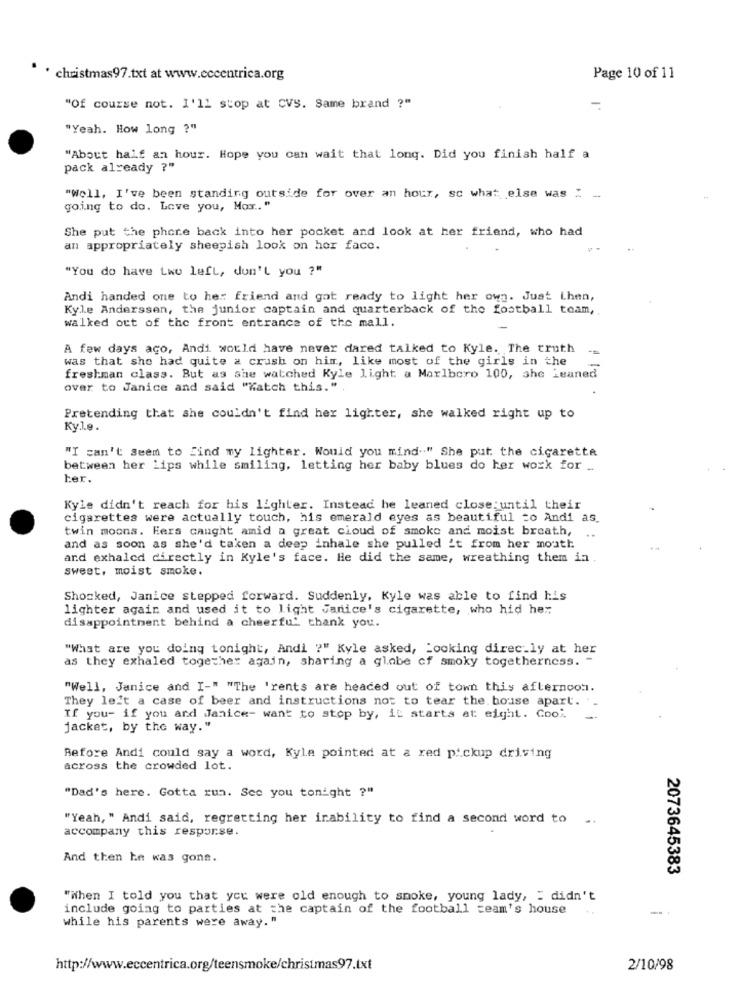
. christmas 97.txt at www.eccentrica.org
Page 10 of 11
"Of course not. I'll stop at CVS. Same brand ?"
-
"Yeah. How long ?"
"About half an hour. Hope you can wait that long. Did you finish half a
pack already ?"
"Well, I've been standing outside for over an hour, sc what else was " -
going to do. Love you, Max .. "
She put the phone back into her pocket and look at her friend, who had
an appropriately sheepish look on her face.
"You do have two left, don't you ?"
Andi handed one to her friend and got ready to light her own. Just Lhen,
Kyle Anderssen, the junior captain and quarterback of the football team,
walked out of the front entrance of the mall.
A few days ago, Andi would have never dared talked to Kyle. The truth
was that she had quite a crush on him, like most of the girls in the
freshman class. But as she watched Kyle light a Marlboro 100, she Leaned
over to Janice and said "Watch this.".
Pretending that she couldn't find her lighter, she walked right up to
KyJ.e.
"I can't seem to find my Lighter. Would you mind." She put the cigarette
between her lips while smiling, letting her baby blues do her work for ..
ter.
Kyle didn't reach for his lighter. Instead he leaned close:until their
cigarettes were actually touch, his emerald eyes as beautiful to Andi as
twin moons. Hers caught amid a great cloud of smoke and moist breath, ..
..
and as soon as she'd taken a deep inhale she pulled it from her mouth
and exhalcd directly in Kyle's face. He did the same, wreathing them in
sweet, moist smoke.
Shocked, Janice stepped forward. Suddenly, Kyle was able to find his
lighter again and used it to light Janice's cigarette, who hid he:
disappointment behind a cheerful thank you.
"What are you doing tonight, Andi ?" Kyle asked, Looking direc.ly at her
as they exhaled together again, sharing a globe of smoky togetherness. -
"Well, Janice and I-" "The 'rents are headed out of town this afternoon.
They left a case of beer and instructions not to tear the. bouse apart.
If you- if you and Janice- want to stop by, it starts at eight. Cool.
jacket, by the way."
Before Andi could say a word, Kyle pointed at a red pickup driving
across the crowded lot.
"Dad's here. Gotta run. See you tonight ?"
"Yeah, " Andi said, regretting her inability to find a second word to ..
accompany this response.
And then he was gone.
2073645383
"when I told you that you were old enough to smoke, young lady, " didn't
include going to parties at the captain of the football team's house
while his parents were away."
http://www.eccentrica.org/teensmoke/christmas97.txt
2/10/98